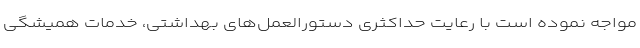
مواجه نموده است با رعایت حداکثری دستورالعمل‌های بهداشتی، خدمات همیشگی